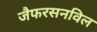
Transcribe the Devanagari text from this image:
जैफरसनविल